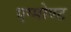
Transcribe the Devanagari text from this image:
एग्मोण्ट